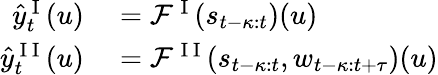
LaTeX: \begin{array}{rl}{\hat{y}_{t}^{\mathrm{~I~}}(u)}&{{}=\mathcal{F}^{\mathrm{~I~}}(s_{t-\kappa:t})(u)}\\ {\hat{y}_{t}^{\mathrm{~I~I~}}(u)}&{{}=\mathcal{F}^{\mathrm{~I~I~}}(s_{t-\kappa:t},w_{t-\kappa:t+\tau})(u)}\end{array}